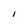
Character: I